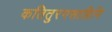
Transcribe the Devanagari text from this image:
कतितुरगसाहिनि